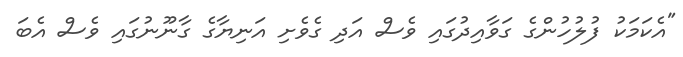
"އެކަމަކު ފުލުހުންގެ ގަވާއިދުގައި ވެސް އަދި ގެވެށި އަނިޔާގެ ގާނޫނުގައި ވެސް އެބަ